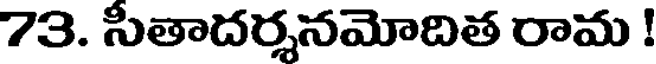
73. సీతాదర్శనమోదిత రామ !